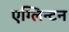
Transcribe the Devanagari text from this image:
एग्लिन्टन